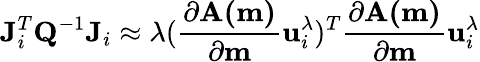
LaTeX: \mathbf{J}_{i}^{T}\mathbf{Q}^{-1}\mathbf{J}_{i}\approx\lambda(\frac{\partial\mathbf{A(m)}}{\partial\mathbf{m}}\mathbf{u}_{i}^{\lambda})^{T}\frac{\partial\mathbf{A(m)}}{\partial\mathbf{m}}\mathbf{u}_{i}^{\lambda}